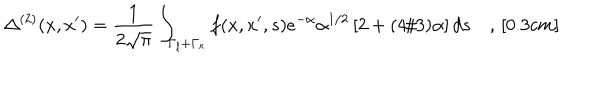
LaTeX: \Delta ^ { ( 2 ) } ( x , x ^ { \prime } ) = \frac { 1 } { 2 \sqrt { \pi } } \int _ { \Gamma _ { l } + \Gamma _ { r } } f ( x , x ^ { \prime } , s ) e ^ { - \alpha } \alpha ^ { 1 / 2 } \left[ 2 + ( 4 / 3 ) \alpha \right] d s \quad , \, [ 0 . 3 c m ]